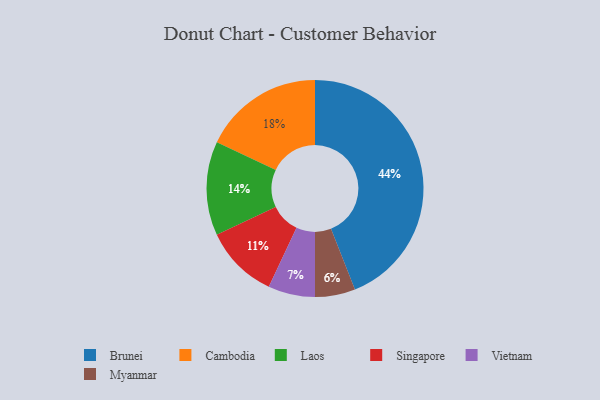
{"axis": {"x": "Category", "y": "Percentage"}, "legend": ["Brunei", "Cambodia", "Laos", "Myanmar", "Singapore", "Vietnam"], "data": [{"x": "Brunei", "y": 44, "type": "Brunei"}, {"x": "Cambodia", "y": 18, "type": "Cambodia"}, {"x": "Myanmar", "y": 6, "type": "Myanmar"}, {"x": "Singapore", "y": 11, "type": "Singapore"}, {"x": "Vietnam", "y": 7, "type": "Vietnam"}, {"x": "Laos", "y": 14, "type": "Laos"}]}